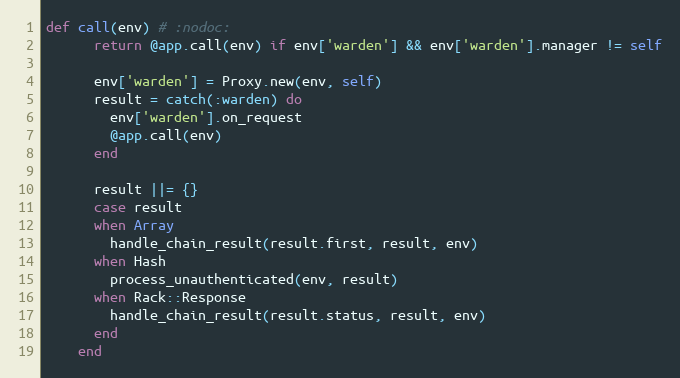
Language: Ruby
def call(env) # :nodoc:
      return @app.call(env) if env['warden'] && env['warden'].manager != self

      env['warden'] = Proxy.new(env, self)
      result = catch(:warden) do
        env['warden'].on_request
        @app.call(env)
      end

      result ||= {}
      case result
      when Array
        handle_chain_result(result.first, result, env)
      when Hash
        process_unauthenticated(env, result)
      when Rack::Response
        handle_chain_result(result.status, result, env)
      end
    end